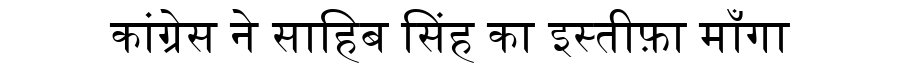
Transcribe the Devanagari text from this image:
कांग्रेस ने साहिब सिंह का इस्तीफ़ा माँगा